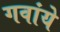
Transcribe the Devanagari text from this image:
गवांये